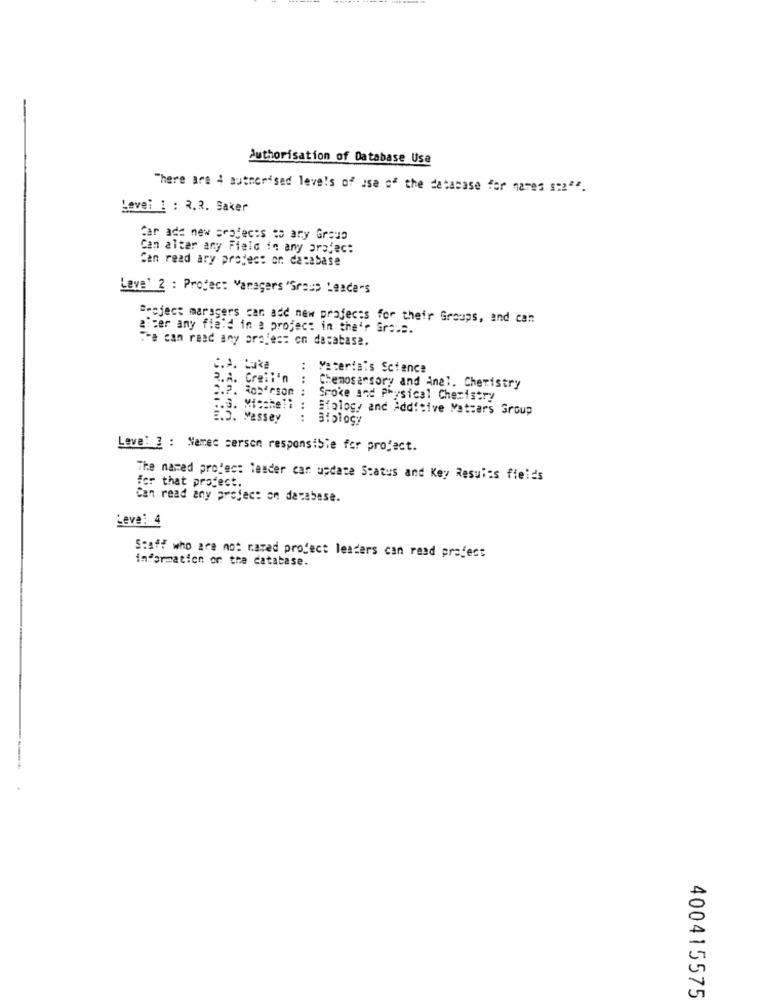
Authorisation of Database Use
There are ; authorised levels of use of the database for names sta"".
Levei 1 : 2.2. Saker
Car add new projects to any Group
Can alter any Field in any project
Can read ary project on database
Lave' 2 : Protec: Varagers "Group Leaders
Project maragers can add new projects for their Groups, and can
alter any field in a project in the'r Grou".
Fa can read any projes: on database.
C.A. Luka
:
Materials Science
R.A. Creii'n
:
2.7. 305 rson
Chemosansory and Anal. Chemistry
Spoke and Physical Chemistry
7.3. Miccheli :
Siology and Additive Matters Group
E.5. Massey
.. ..
Leve: 3 : Namec serson responsible for project.
The named project leader car update Status and Key Results fields
for that profect.
Can read any project on database.
Leve: 4
Staff who are not rated profect leaders can read project
information on the database.
400415575